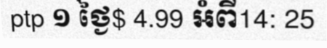
ptp ១ ថ្ងៃ$ 4.99 អំពី14: 25